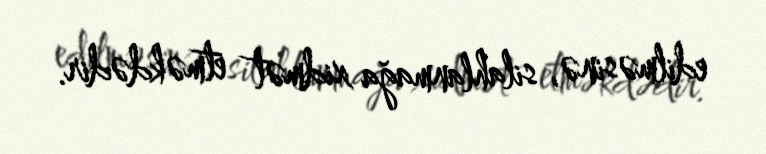
edilməsinə, silahlanmağa xidmət etməkdədir.